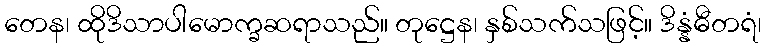
တေန၊ ထိုဒိသာပါမောက္ခဆရာသည်။ တုဋ္ဌေန၊ နှစ်သက်သဖြင့်။ ဒိန္နံဓီတရံ၊